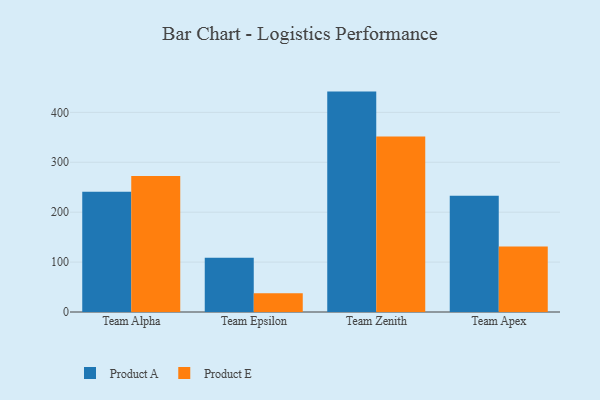
{"axis": {"x": "Team", "y": "Humidity (%)"}, "legend": ["Product A", "Product E"], "data": [{"x": "Team Alpha", "y": 240.7, "type": "Product A"}, {"x": "Team Alpha", "y": 272.7, "type": "Product E"}, {"x": "Team Epsilon", "y": 108.5, "type": "Product A"}, {"x": "Team Epsilon", "y": 37.6, "type": "Product E"}, {"x": "Team Zenith", "y": 441.6, "type": "Product A"}, {"x": "Team Zenith", "y": 351.4, "type": "Product E"}, {"x": "Team Apex", "y": 232.8, "type": "Product A"}, {"x": "Team Apex", "y": 131.3, "type": "Product E"}]}